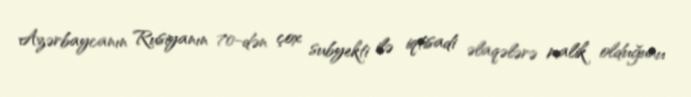
Azərbaycanın Rusiyanın 70-dən çox subyekti ilə iqtisadi əlaqələrə malik olduğunu